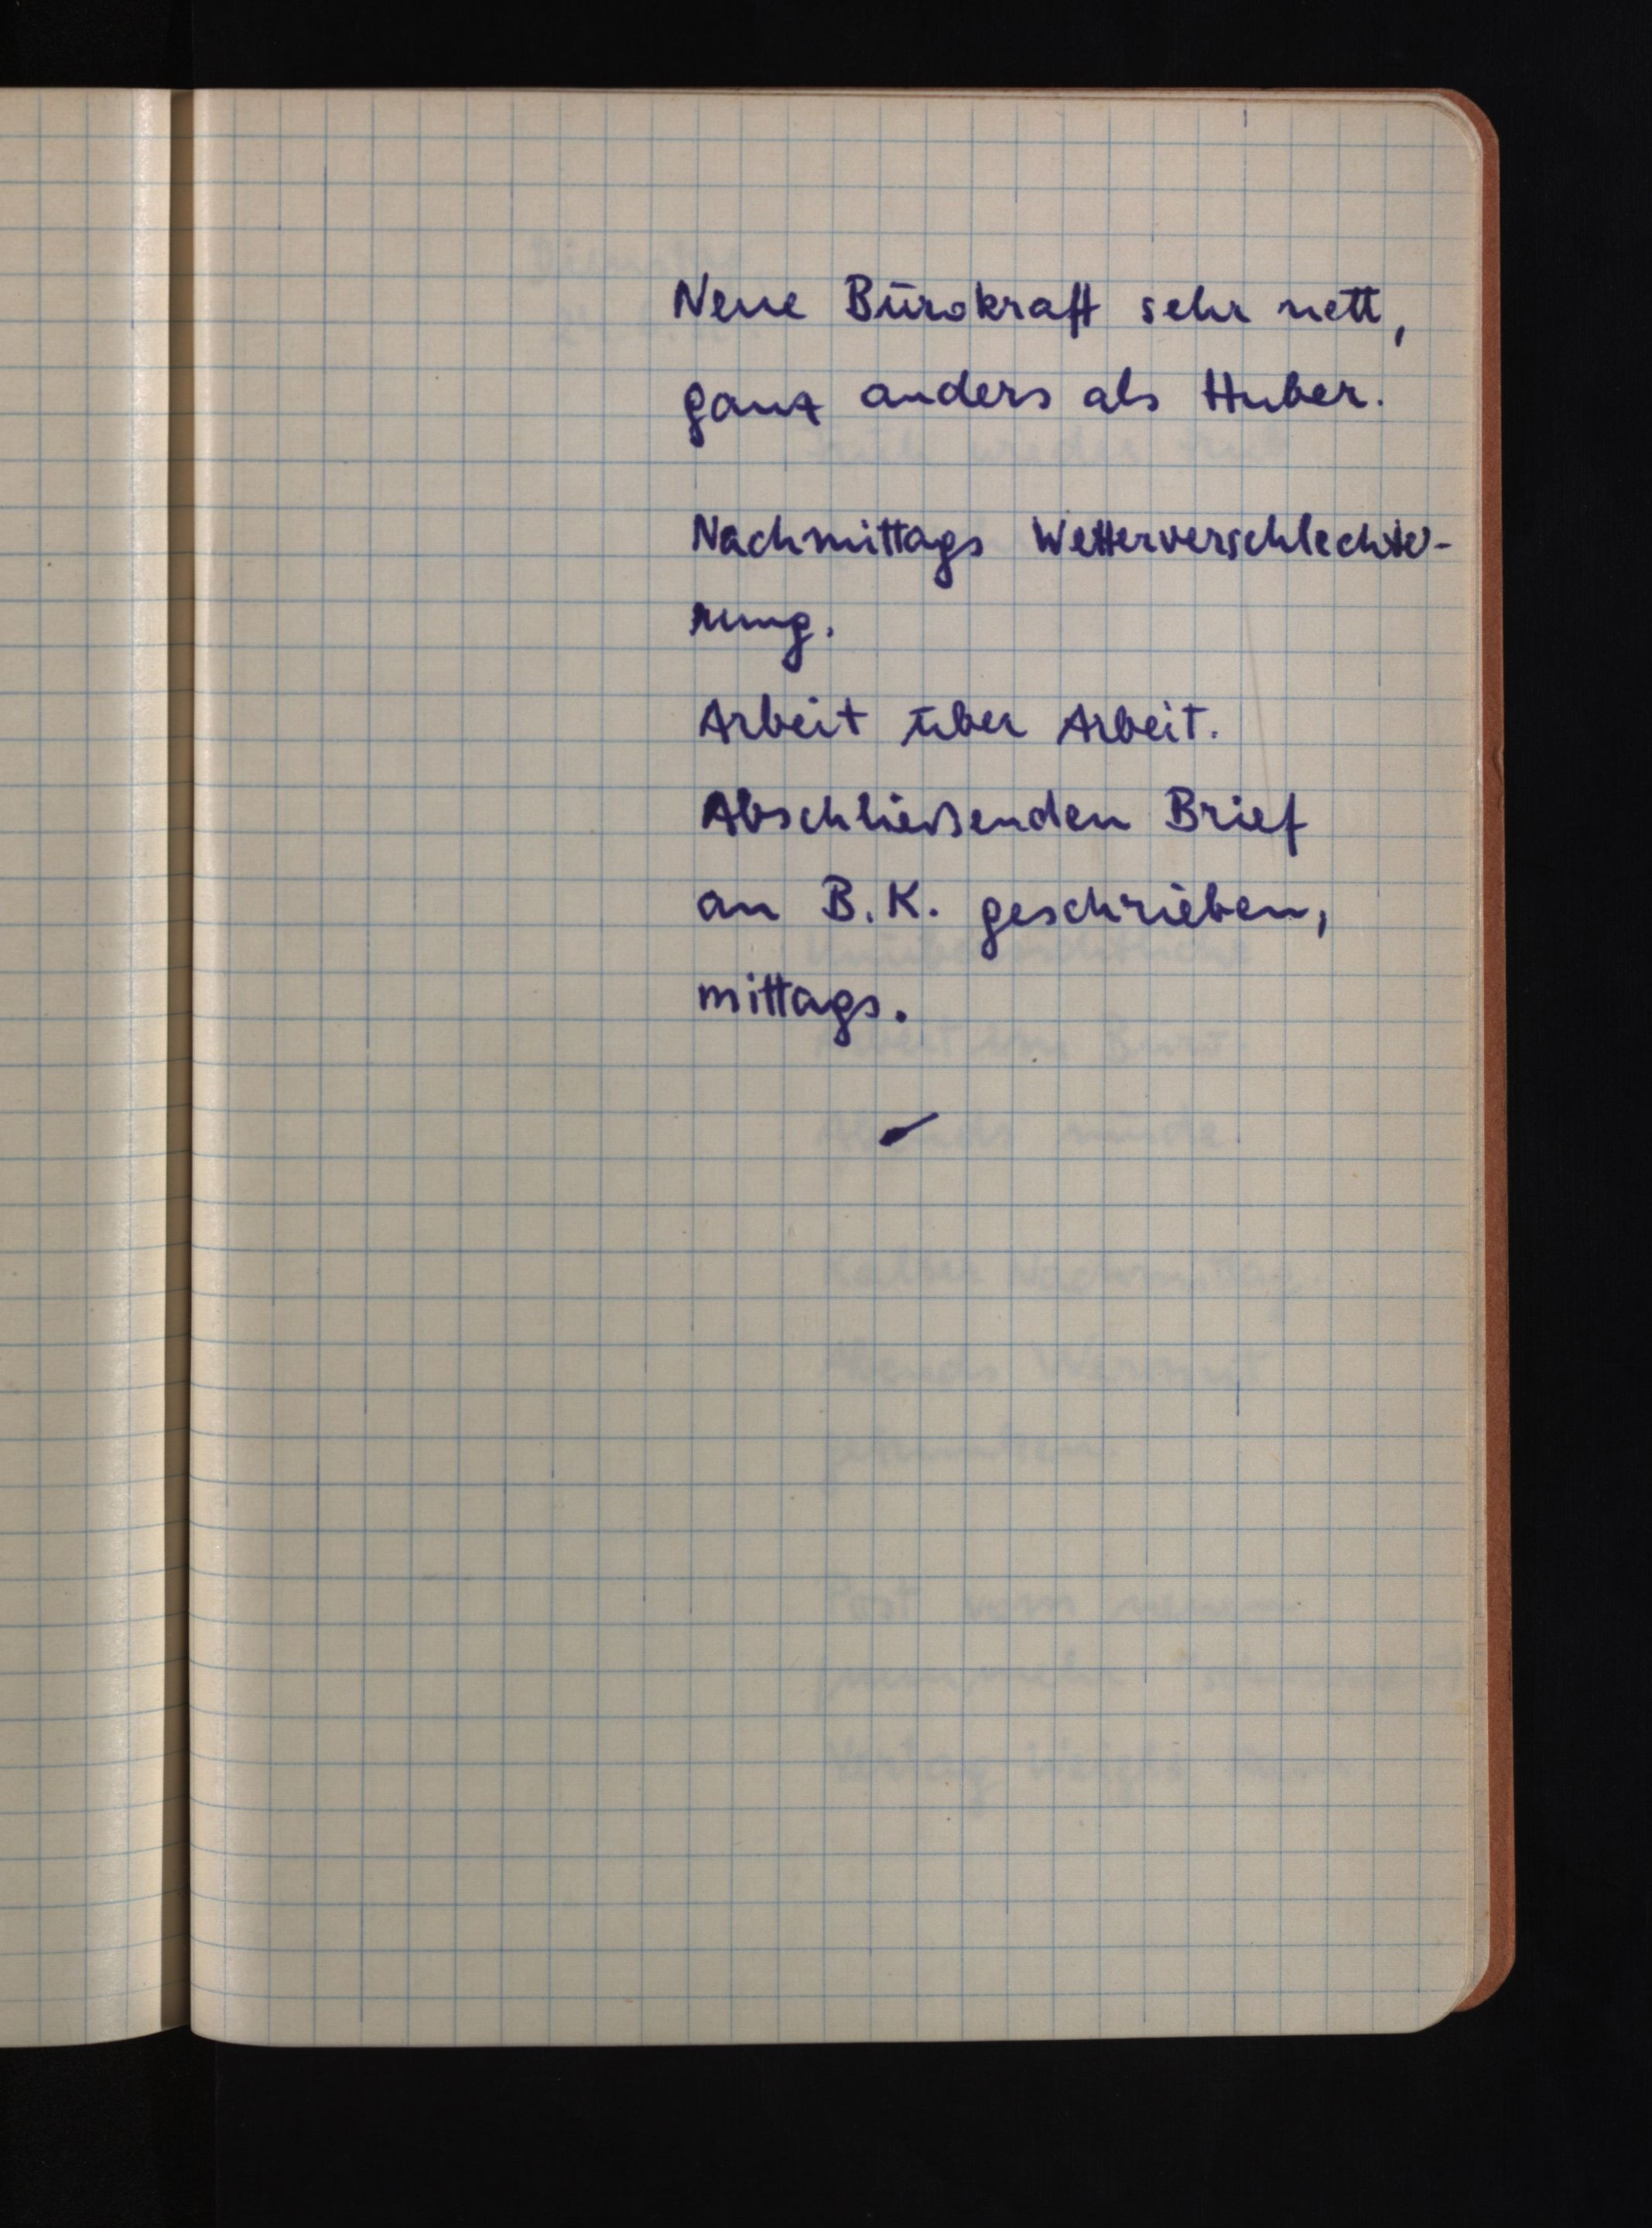
Neue Bürokraft sehr nett,
ganz anders als Huber.
Nachmittags Wetterverschlechte¬
rung.
Arbeit über Arbeit.
Abschließenden Brief
an B. K. geschrieben,
mittags.